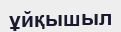
ұйқышыл